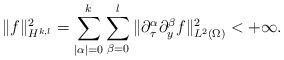
LaTeX: \begin{align*}\|f\|_{H^{k, l}}^2=\sum\limits_{|\alpha|=0}^{k}\sum\limits_{\beta=0}^{l}\|\partial_\tau^\alpha\partial_y^\beta f\|_{L^2(\Omega)}^2<+\infty.\end{align*}